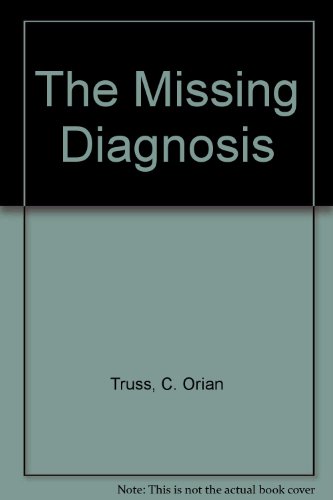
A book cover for Missing Diagnosis; C. O. Truss; Health, Fitness & Dieting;